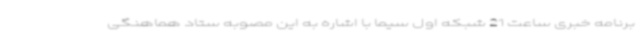
برنامه خبری ساعت 21 شبکه اول سیما با اشاره به این مصوبه ستاد هماهنگی